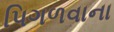
પિગળવાના